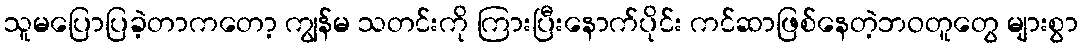
သူမပြောပြခဲ့တာကတော့ ကျွန်မ သတင်းကို ကြားပြီးနောက်ပိုင်း ကင်ဆာဖြစ်နေတဲ့ဘဝတူတွေ များစွာ